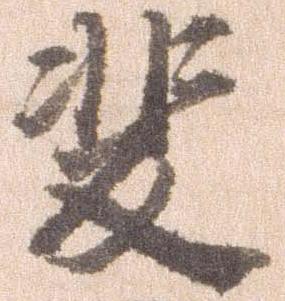
斐